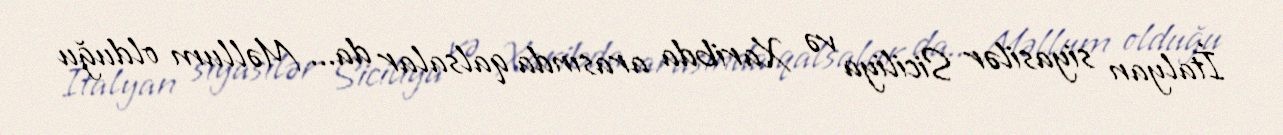
İtalyan siyasilər Siciliya və Xaribda arasında qalsalar da... Məllum olduğu